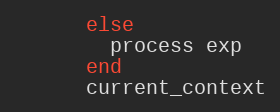
Language: Ruby
      else
        process exp
      end
      current_context